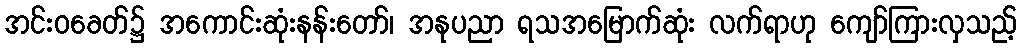
အင်းဝခေတ်၌ အကောင်းဆုံးနန်းတော်၊ အနုပညာ ရသအမြောက်ဆုံး လက်ရာဟု ကျော်ကြားလှသည့်